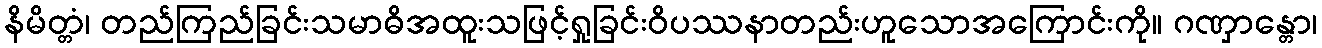
နိမိတ္တံ၊ တည်ကြည်ခြင်းသမာဓိအထူးသဖြင့်ရှုခြင်းဝိပဿနာတည်းဟူသောအကြောင်းကို။ ဂဏှာန္တော၊